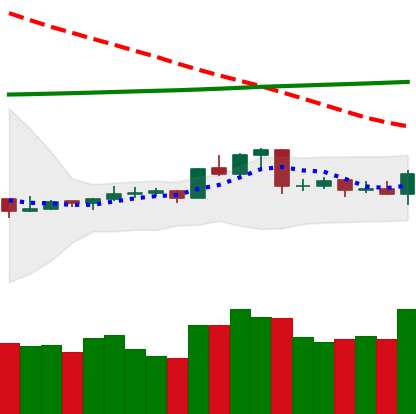
Ticker: ETC-USD
Chart end date: 2020-04-16
Forward return: -4.513%
Label: down_3_5